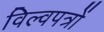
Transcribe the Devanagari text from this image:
विल्वपत्रों